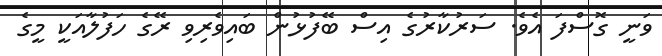
ވަނީ ގޮސްފަ އެވެ. ސަރުކާރުގެ އިސް ބޭފުޅުން ބައިވެރިވި ރޭގެ ހަފުލާއަކީ މީގެ